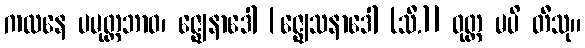
ကထနေ ပမုတ္တဘာဝ၊ ဇ္ဈေနာဒေါ [ဇ္ဈေသနာဒေါ (သီ.)] ဝုတ္တ မပိ တီသု။